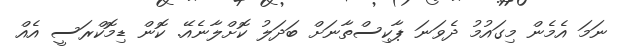
ނަަމަ އެމެން މިގައުމު ދެވަނަ ޕާކިސްތާނަށް ބަދަލު ކޮށްލާނެއޭ. ކޮން ޑިމޮކްރަސީ އެއް